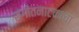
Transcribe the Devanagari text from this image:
संगीतनाटकाचा